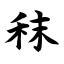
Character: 秣